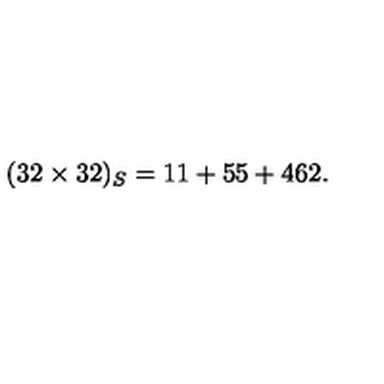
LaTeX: ( 3 2 \times 3 2 ) _ { S } = 1 1 + 5 5 + 4 6 2 .